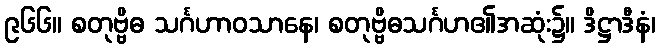
၉၆၆။ စတုဗ္ဗိဓ သင်္ဂဟာဝသာနေ၊ စတုဗ္ဗိဓသင်္ဂဟ၏အဆုံး၌။ ဒိဋ္ဌာဒီနံ၊